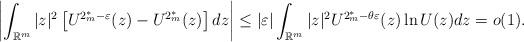
LaTeX: \begin{align*}\left|\int_{\mathbb{R}^{m}}|z|^{2}\left[U^{2_{m}^{*}-\varepsilon}(z)-U^{2_{m}^{*}}(z)\right]dz\right|\le|\varepsilon|\int_{\mathbb{R}^{m}}|z|^{2}U^{2_{m}^{*}-\theta\varepsilon}(z)\ln U(z)dz=o(1).\end{align*}